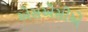
એસએસીએ